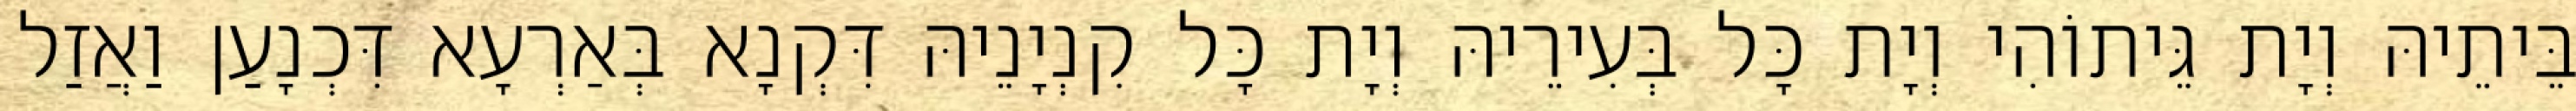
בֵּיתֵיהּ וְיָת גֵּיתוֹהִי וְיָת כָּל בְּעִירֵיהּ וְיָת כָּל קִנְיָנֵיהּ דִּקְנָא בְּאַרְעָא דִּכְנָעַן וַאֲזַל